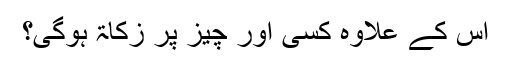
اس کے علاوہ کسی اور چیز پر زکاۃ ہوگی؟